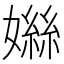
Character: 𪦤